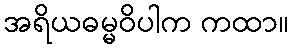
အရိယဓမ္မဝိပါက ကထာ။